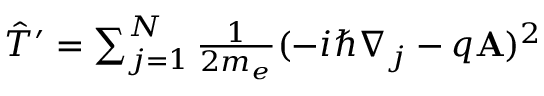
\begin{array} { r } { \hat { T } ^ { \prime } = \sum _ { j = 1 } ^ { N } { \frac { 1 } { 2 m _ { e } } } ( - i \hbar \nabla _ { j } - q { \bf A } ) ^ { 2 } } \end{array}